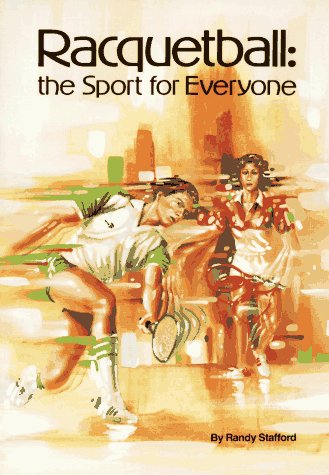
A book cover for Racquetball: The Sport for Everyone; Randy Stafford; Sports & Outdoors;